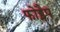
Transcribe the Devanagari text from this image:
फोड्मैप